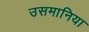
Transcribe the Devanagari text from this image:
उसमानिया